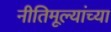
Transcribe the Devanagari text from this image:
नीतिमूल्यांच्या